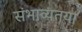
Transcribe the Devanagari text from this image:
संभाव्यतया